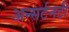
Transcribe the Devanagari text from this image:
अन्सर्टनटी